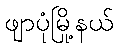
ဖျာပုံမြို့နယ်